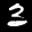
Label: 3